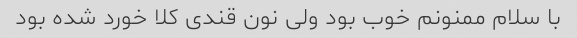
با سلام ممنونم خوب بود ولی نون قندی کلا خورد شده بود